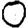
Digit: 0